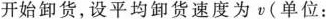
开始卸货，设平均卸货速度为v(单位：